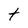
Character: t